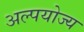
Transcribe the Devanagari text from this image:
अल्पयोज्य